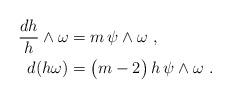
LaTeX: \begin{align*}\frac{dh}{h} \wedge \omega & = m \, \psi \wedge \omega\ , \\ d (h \omega) & = \big(m -2 \big)\, h \, \psi \wedge \omega \ . \end{align*}